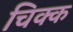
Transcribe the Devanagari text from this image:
चिक्क